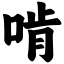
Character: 啃